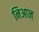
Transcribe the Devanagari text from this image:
निआन